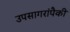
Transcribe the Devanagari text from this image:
उपसागरांपैकी